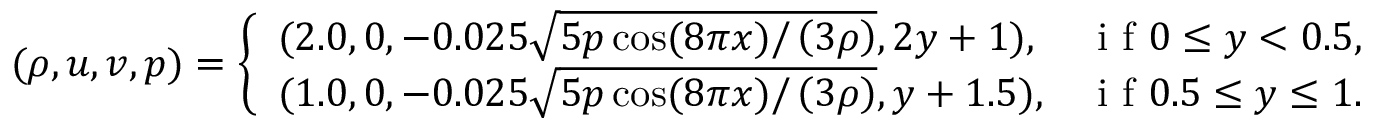
( \rho , u , v , p ) = \left\{ \begin{array} { l l } { ( 2 . 0 , 0 , - 0 . 0 2 5 \sqrt { 5 p \cos ( 8 \pi x ) / \left( 3 \rho \right) } , 2 y + 1 ) , } & { \mathrm { ~ i ~ f ~ } 0 \leq y < 0 . 5 , } \\ { ( 1 . 0 , 0 , - 0 . 0 2 5 \sqrt { 5 p \cos ( 8 \pi x ) / \left( 3 \rho \right) } , y + 1 . 5 ) , } & { \mathrm { ~ i ~ f ~ } 0 . 5 \leq y \leq 1 . } \end{array} \right.